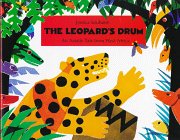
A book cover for The Leopard's Drum: An Asante Tale from West Africa; Jessica Souhami; Children's Books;